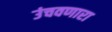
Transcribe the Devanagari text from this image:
उंचवणारा